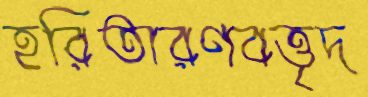
হরিতারণবত্তৃদ